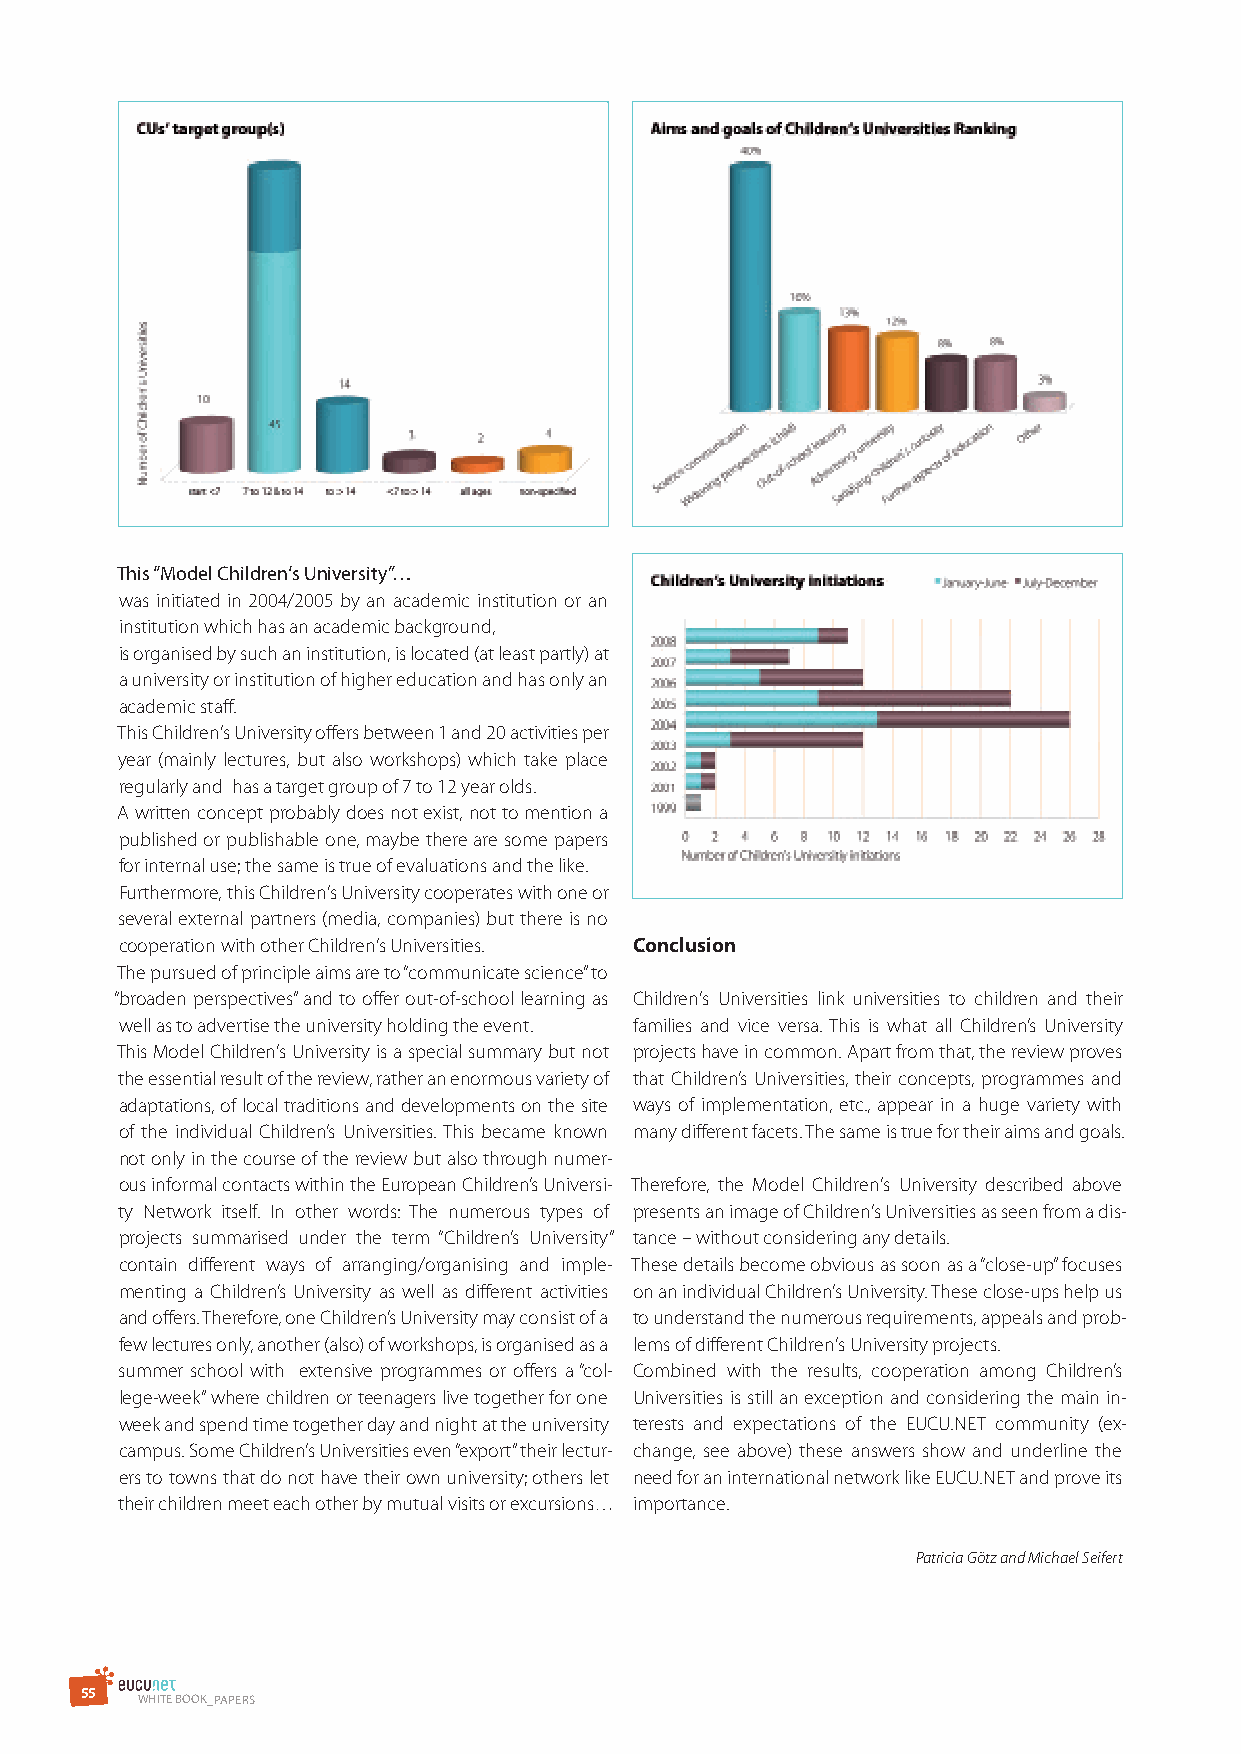
This “Model Children‘s university”…
 was initiated in 2004/2005 by an academic institution or an
 institution which has an academic background,
 is organised by such an institution, is located (at least partly) at
 a university or institution of higher education and has only an
 academic staff.
 This Children‘s University offers between 1 and 20 activities per
 year (mainly lectures, but also workshops) which take place
 regularly and has a target group of 7 to 12 year olds.
 A written concept probably does not exist, not to mention a
 published or publishable one, maybe there are some papers
 for internal use; the same is true of evaluations and the like.
 Furthermore, this Children‘s University cooperates with one or
 several external partners (media, companies) but there is no
 cooperation with other Children‘s Universities. Conclusion
 The pursued of principle aims are to “communicate science” to
 “broaden perspectives” and to offer out-of-school learning as Children‘s Universities link universities to children and their
 well as to advertise the university holding the event. families and vice versa. This is what all Children’s University
 This Model Children‘s University is a special summary but not projects have in common. Apart from that, the review proves
 the essential result of the review, rather an enormous variety of that Children’s Universities, their concepts, programmes and
 adaptations, of local traditions and developments on the site ways of implementation, etc., appear in a huge variety with
 of the individual Children’s Universities. This became known many different facets. The same is true for their aims and goals.
 not only in the course of the review but also through numer-
 ous informal contacts within the European Children’s Universi- Therefore, the Model Children‘s University described above
 ty Network itself. In other words: The numerous types of presents an image of Children‘s Universities as seen from a dis-
 projects summarised under the term “Children’s University” tance – without considering any details.
 contain different ways of arranging/organising and imple- These details become obvious as soon as a “close-up” focuses
 menting a Children’s University as well as different activities on an individual Children’s University. These close-ups help us
 and offers. Therefore, one Children’s University may consist of a to understand the numerous requirements, appeals and prob-
 few lectures only, another (also) of workshops, is organised as a lems of different Children‘s University projects.
 summer school with extensive programmes or offers a “col- Combined with the results, cooperation among Children’s
 lege-week” where children or teenagers live together for one Universities is still an exception and considering the main in-
 week and spend time together day and night at the university terests and expectations of the EUCU.NET community (ex-
 campus. Some Children’s Universities even “export” their lectur- change, see above) these answers show and underline the
 ers to towns that do not have their own university; others let need for an international network like EUCU.NET and prove its
 their children meet each other by mutual visits or excursions… importance.
 Patricia Götz and Michael Seifert
 5 5
 WHITE BOOK_PAPErs